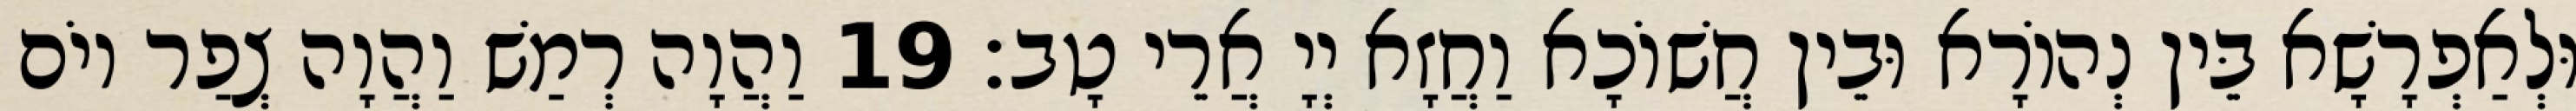
וּלְאַפְרָשָׁא בֵּין נְהוֹרָא וּבֵין חֲשׁוֹכָא וַחֲזָא יְיָ אֲרֵי טָב׃ 19 וַהֲוָה רְמַשׁ וַהֲוָה צְפַר יוֹם